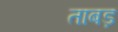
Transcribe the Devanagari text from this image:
ताबड़